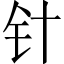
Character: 针